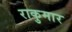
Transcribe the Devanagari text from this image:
राकुमार